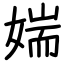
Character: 媏